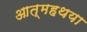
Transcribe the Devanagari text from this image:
आत्महथया